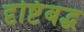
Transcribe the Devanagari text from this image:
दृष्टिबद्ध